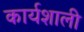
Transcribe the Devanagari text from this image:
कार्यशाली